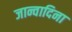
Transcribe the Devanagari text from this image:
जान्वादिना